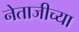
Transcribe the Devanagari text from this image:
नेताजीच्या